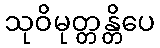
သုဝိမုတ္တန္တိပေ